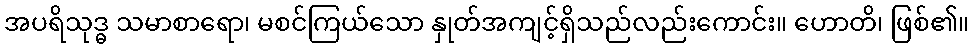
အပရိသုဒ္ဓ သမာစာရော၊ မစင်ကြယ်သော နှုတ်အကျင့်ရှိသည်လည်းကောင်း။ ဟောတိ၊ ဖြစ်၏။